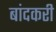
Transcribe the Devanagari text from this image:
बांदकरी